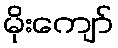
မိုးကျော်